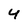
Character: 4